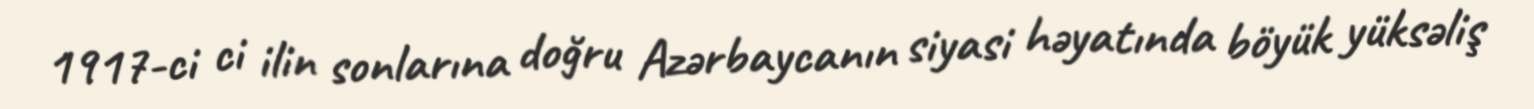
1917-ci ci ilin sonlarına doğru Azərbaycanın siyasi həyatında böyük yüksəliş